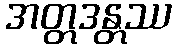
အတ္တဒန္တဿ